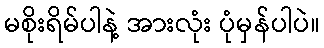
မစိုးရိမ်ပါနဲ့ အားလုံး ပုံမှန်ပါပဲ။